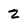
Character: 2